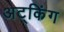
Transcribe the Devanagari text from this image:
अट्किंग